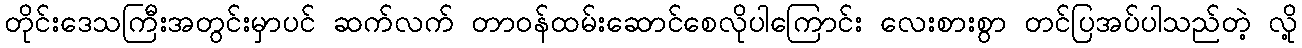
တိုင်းဒေသကြီးအတွင်းမှာပင် ဆက်လက် တာဝန်ထမ်းဆောင်စေလိုပါကြောင်း လေးစားစွာ တင်ပြအပ်ပါသည်တဲ့ လို့